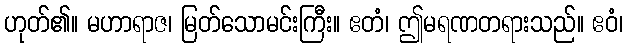
ဟုတ်၏။ မဟာရာဇ၊ မြတ်သောမင်းကြီး။ ဧတံ၊ ဤမရဏတရားသည်။ ဧဝံ၊